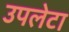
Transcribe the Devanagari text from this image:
उपलेटा